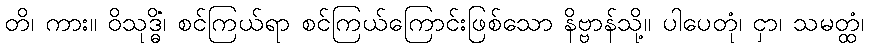
တိ၊ ကား။ ဝိသုဒ္ဓိံ၊ စင်ကြယ်ရာ စင်ကြယ်ကြောင်းဖြစ်သော နိဗ္ဗာန်သို့။ ပါပေတုံ၊ ငှာ၊ သမတ္ထံ၊